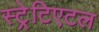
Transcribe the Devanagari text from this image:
स्ट्रेटिएटल